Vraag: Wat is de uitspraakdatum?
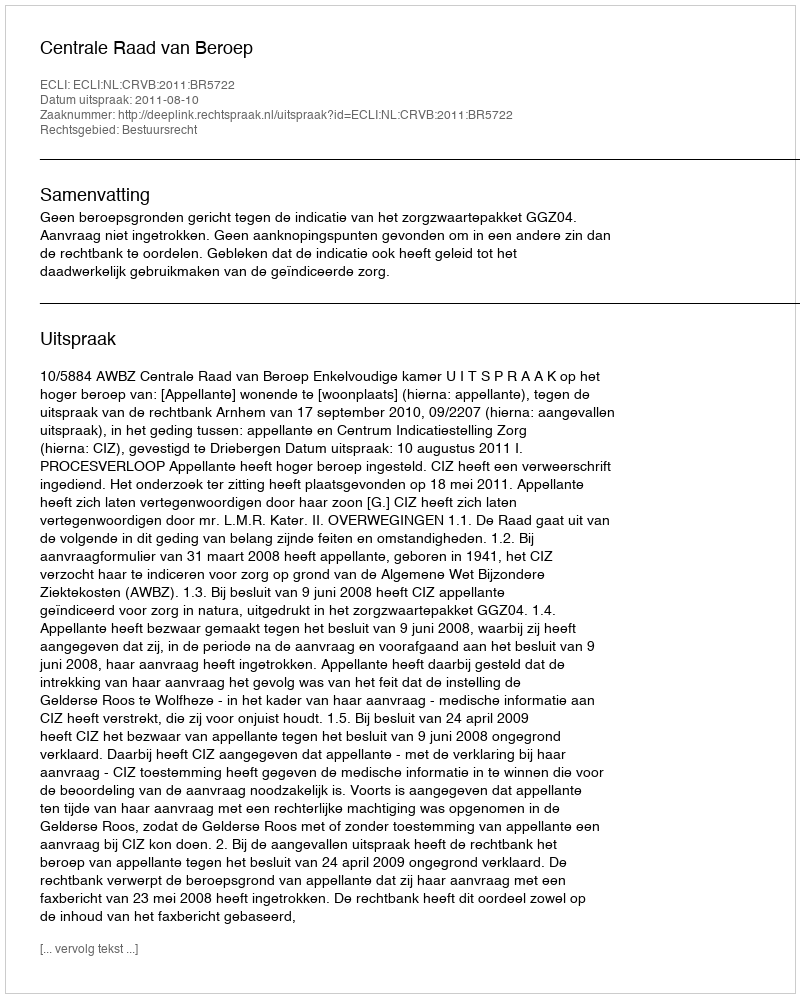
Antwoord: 2011-08-10